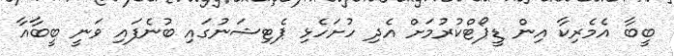
ބީބާ އެމެރިކާ އިން ޑީޕޯޓްކުރުމަށް އެދި ހުށަހެޅި ޕެޓިޝަނުގައި ބުނެފައި ވަނީ ބީބާއާ